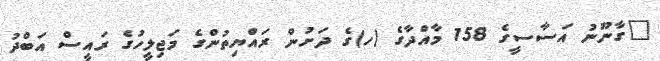
"ގާނޫނު އަސާސީގެ 158 މާއްދާގެ (ހ)ގެ ދަށުން ރައްޔިތުންގެ މަޖިލީހުގެ ރައީސް އަބްދު